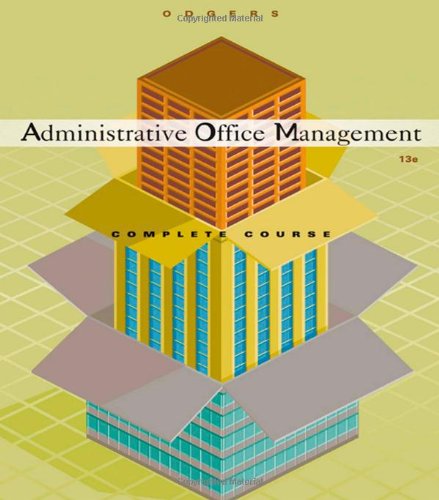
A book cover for Administrative Office Management, Complete Course; Pattie Gibson; Business & Money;